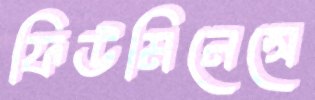
ফিউমিনেন্সে